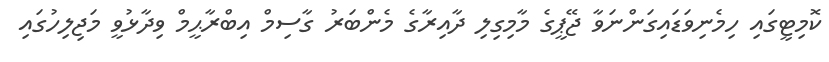
ކޮމިޓީގައި ހިމެނިވަޑައިގަންނަވާ ޖޭޕީގެ މާމިގިލި ދާއިރާގެ މެންބަރު ގާސިމް އިބްރާޙީމް ވިދާޅުވީ މަޖިލިހުގައި